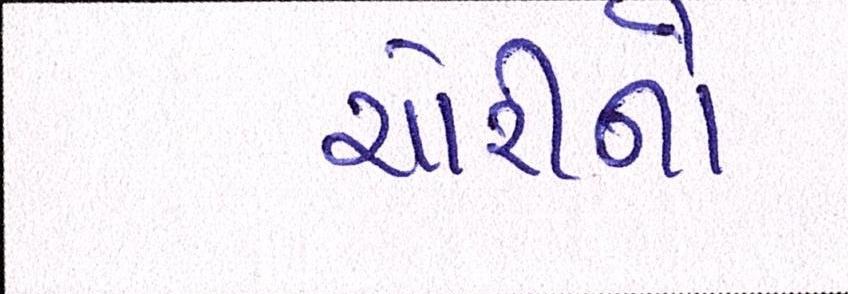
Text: ચોરીનો